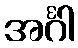
အင်္ဂါ